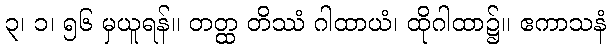
၃၊ ၁၊ ၅၆ မှယူရန်။ တတ္ထ တိဿံ ဂါထာယံ၊ ထိုဂါထာ၌။ ဧကာသနံ